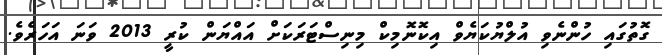
ގޮތުގައި ހުންނެވި އުލްޔުކަޔެވް އިކޮނޮމިކް މިނިސްޓަރަކަށް އައްޔަން ކުރީ 2013 ވަނަ އަހަރެވެ.